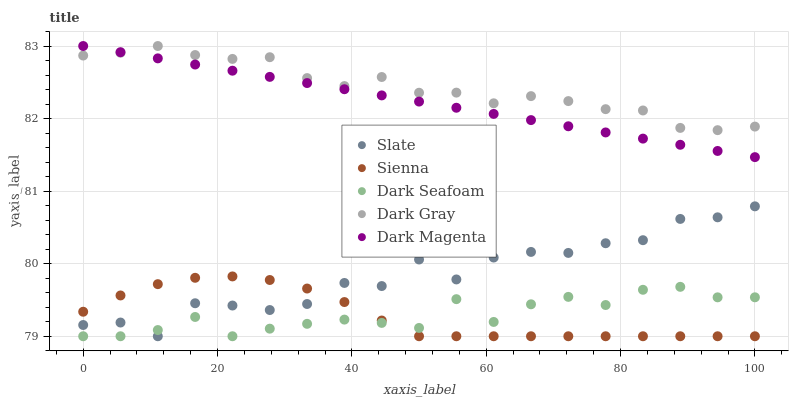
| xaxis_label | Slate | Sienna | Dark Seafoam | Dark Gray | Dark Magenta |
 | --- | --- | --- | --- | --- | --- |
 | 0 | 79.2 | 79.3 | 79 | 82.9 | 83 |
 | 5.56 | 79.2 | 79.6 | 79 | 82.9 | 82.9 |
 | 11.1 | 79 | 79.7 | 79.1 | 83 | 82.8 |
 | 16.7 | 79.5 | 79.8 | 79.3 | 82.9 | 82.7 |
 | 22.2 | 79.4 | 79.8 | 79 | 82.8 | 82.7 |
 | 27.8 | 79.4 | 79.8 | 79.1 | 82.8 | 82.6 |
 | 33.3 | 79.4 | 79.7 | 79.2 | 82.6 | 82.5 |
 | 38.9 | 79.7 | 79.5 | 79.2 | 82.4 | 82.4 |
 | 44.4 | 79.7 | 79.2 | 79.2 | 82.6 | 82.3 |
 | 50 | 80.1 | 79 | 79.1 | 82.4 | 82.2 |
 | 55.6 | 79.8 | 79 | 79.5 | 82.4 | 82.1 |
 | 61.1 | 80.1 | 79 | 79.2 | 82.2 | 82.1 |
 | 66.7 | 80.2 | 79 | 79.4 | 82.3 | 82 |
 | 72.2 | 80.1 | 79 | 79.5 | 82.2 | 81.9 |
 | 77.8 | 80.3 | 79 | 79.4 | 82.1 | 81.8 |
 | 83.3 | 80.3 | 79 | 79.6 | 82.1 | 81.7 |
 | 88.9 | 80.6 | 79 | 79.7 | 81.9 | 81.6 |
 | 94.4 | 80.6 | 79 | 79.5 | 81.8 | 81.6 |
 | 100 | 80.8 | 79 | 79.5 | 81.9 | 81.5 |